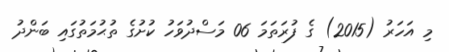
މި އަހަރު (2015) ގެ ފުރަތަމަ 06 މަސްދުވަހު ކުށުގެ ތުޙުމަތުގައި ބަންދު